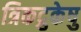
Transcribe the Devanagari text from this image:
त्रिकद्रुकेषु